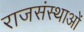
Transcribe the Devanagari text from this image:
राजसंस्थाओं